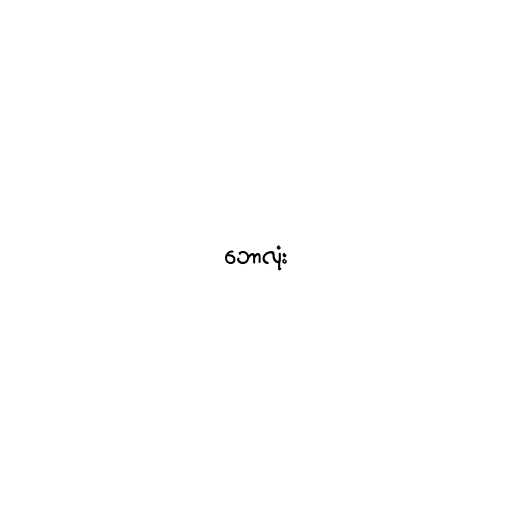
ဘောလုံး